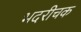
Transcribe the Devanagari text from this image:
भदरीचक